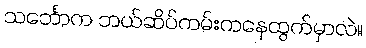
သင်္ဘောက ဘယ်ဆိပ်ကမ်းကနေထွက်မှာလဲ။